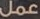
عمل